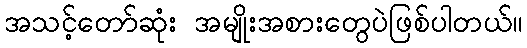
အသင့်တော်ဆုံး အမျိုးအစားတွေပဲဖြစ်ပါတယ်။